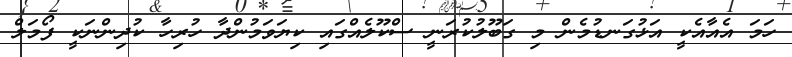
ހަމަ އެއާއެކީ އަޅުގަނޑުމެން މި ގަބޫލުކުރަނީ ސްކޫލެއްގައި ކިޔަވަމުންދާ ހުރިހާ ކުދިންނަކީ ފޯމަލް